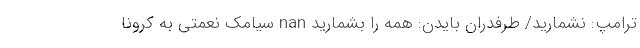
ترامپ: نشمارید/ طرفدران بایدن: همه را بشمارید nan سیامک نعمتی به کرونا